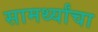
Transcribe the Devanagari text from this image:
सामर्थ्यांचा